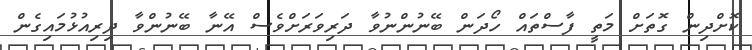
ކޮށްދިން ގޮތަށް މަތީ ފާސްތައް ހޯދަން ބޭނުންނުވާ ދަރިވަރަށްވެސް އޭނާ ބޭނުންވާ ދިރިއުޅުމައިގެން